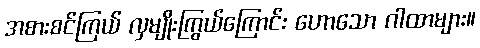
အစားစင်ကြယ် လှမျိုးကြွယ်ကြောင်း ဟောသော ဂါထာများ။